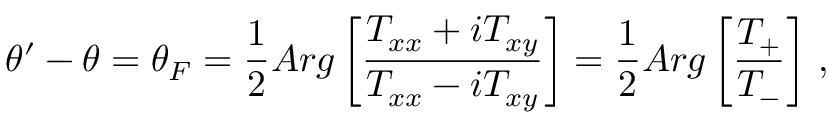
\theta ^ { \prime } - \theta = \theta _ { F } = \frac { 1 } { 2 } A r g \left[ \frac { T _ { x x } + i T _ { x y } } { T _ { x x } - i T _ { x y } } \right] = \frac { 1 } { 2 } A r g \left[ \frac { T _ { + } } { T _ { - } } \right] \, ,